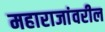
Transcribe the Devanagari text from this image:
महाराजांवरील